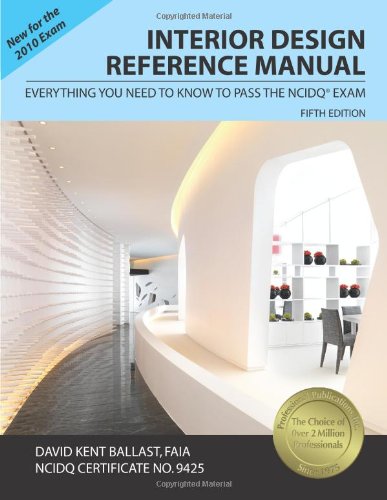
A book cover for Interior Design Reference Manual: Everything You Need to Know to Pass the NCIDQÂ® Exam; David Kent Ballast; Arts & Photography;